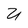
Character: U